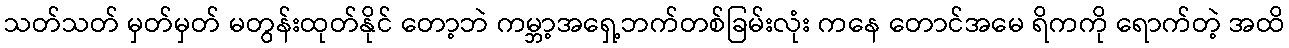
သတ်သတ် မှတ်မှတ် မတွန်းထုတ်နိုင် တော့ဘဲ ကမ္ဘာ့အရှေ့ဘက်တစ်ခြမ်းလုံး ကနေ တောင်အမေ ရိကကို ရောက်တဲ့ အထိ